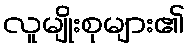
လူမျိုးစုများ၏